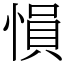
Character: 愪